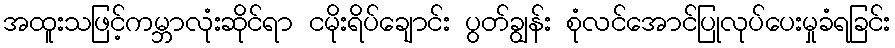
အထူးသဖြင့်ကမ္ဘာလုံးဆိုင်ရာ ငမိုးရိပ်ချောင်း ပွတ်ချွန်း စုံလင်အောင်ပြုလုပ်ပေးမှုခံရခြင်း